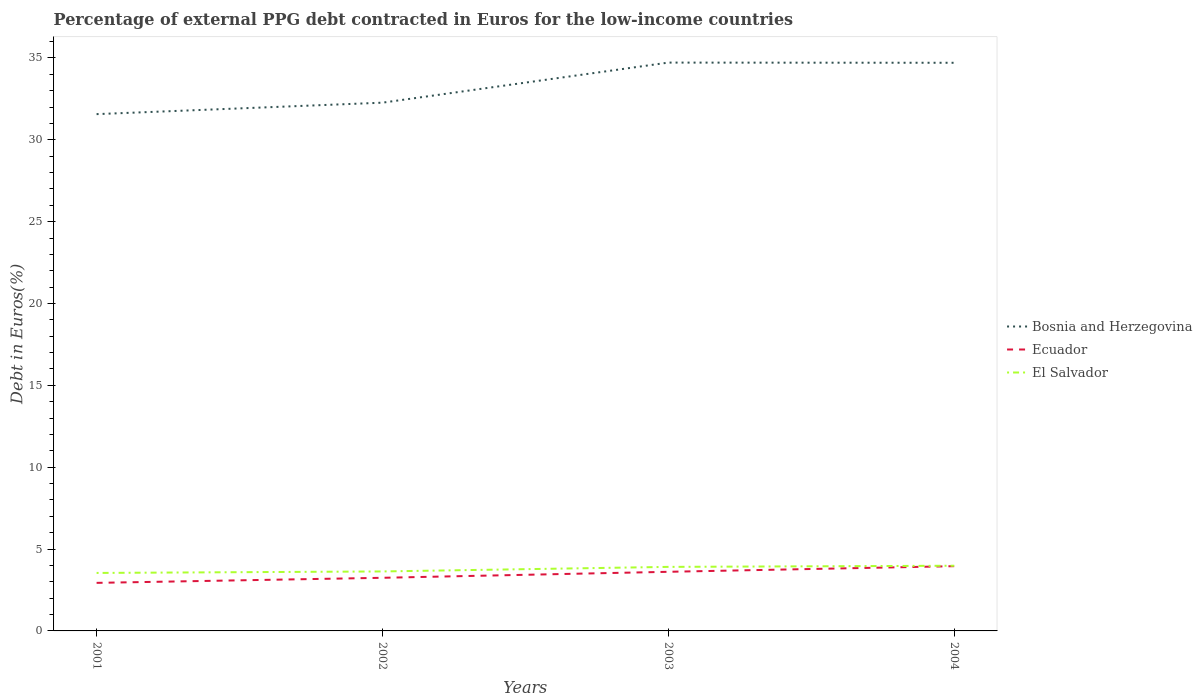
| Years | Bosnia and Herzegovina | Ecuador | El Salvador |
 | --- | --- | --- | --- |
 | 2001 | 31.6 | 2.94 | 3.54 |
 | 2002 | 32.3 | 3.25 | 3.63 |
 | 2003 | 34.7 | 3.61 | 3.91 |
 | 2004 | 34.7 | 3.96 | 3.98 |